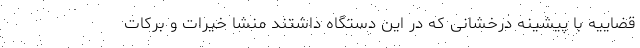
قضاییه با پیشینه درخشانی که در این دستگاه داشتند منشا خیرات و برکات